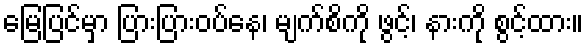
မြေပြင်မှာ ပြားပြားဝပ်နေ၊ မျက်စိကို ဖွင့်၊ နားကို စွင့်ထား။